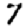
Digit: 7